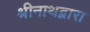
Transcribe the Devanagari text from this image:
श्रीनाथद्वारा